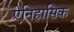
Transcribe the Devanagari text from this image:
ऐनिहासिक